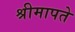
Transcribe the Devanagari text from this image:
श्रीमापते